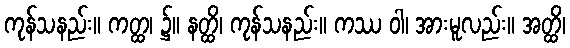
ကုန်သနည်း။ ကတ္ထ၊ ၌။ နတ္ထိ၊ ကုန်သနည်း။ ကဿ ဝါ၊ အားမူလည်း။ အတ္ထိ၊